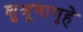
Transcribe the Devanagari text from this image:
शुश्रूषागृहे